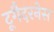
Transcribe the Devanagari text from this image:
टूगैदरनेस